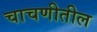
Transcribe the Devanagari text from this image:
चाचणीतील